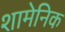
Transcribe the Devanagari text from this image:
शामेनिक